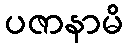
ပဇာနာမိ